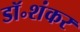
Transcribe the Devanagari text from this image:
डॉ॰शंकर